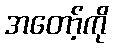
အတော့်ကို